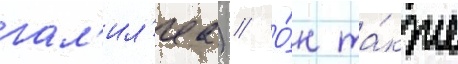
гал'ил'еа) // О́н та́кже